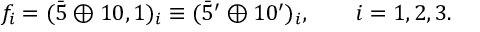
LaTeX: f _ { i } = ( \bar { 5 } \oplus 1 0 , 1 ) _ { i } \equiv ( \bar { 5 } ^ { \prime } \oplus 1 0 ^ { \prime } ) _ { i } , \qquad i = 1 , 2 , 3 .